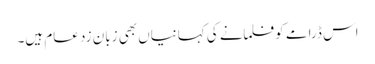
اس ڈرامے کو فلمانے کی کہانیاں بھی زبان زد عام ہیں۔